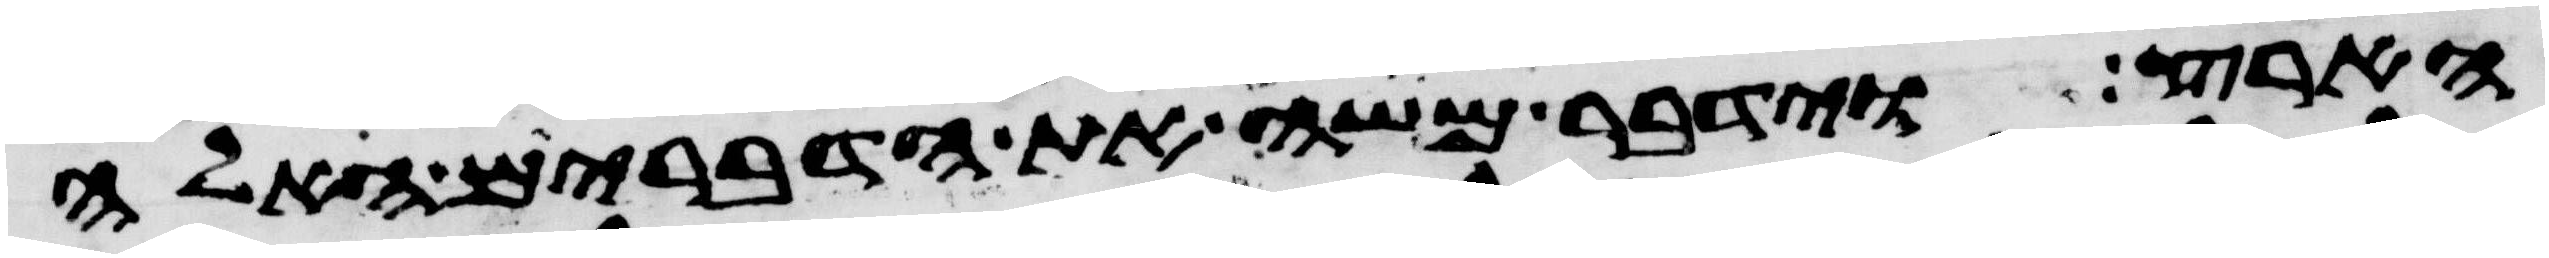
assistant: הארץ וידבר משה את הדברים האלה